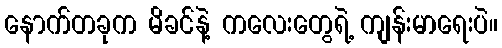
နောက်တခုက မိခင်နဲ့ ကလေးတွေရဲ့ ကျန်းမာရေးပဲ။